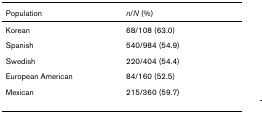
<table><thead><tr><td><b>Population</b></td><td><b><i>n</i>/<i>N </i>(%)</b></td></tr></thead><tbody><tr><td>Korean</td><td>68/108 (63.0)</td></tr><tr><td>Spanish</td><td>540/984 (54.9)</td></tr><tr><td>Swedish</td><td>220/404 (54.4)</td></tr><tr><td>European American</td><td>84/160 (52.5)</td></tr><tr><td>Mexican</td><td>215/360 (59.7)</td></tr></tbody></table>